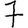
Digit: 7